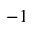
- 1